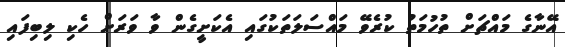
އޭނާގެ މައްޗަށް ތުހުމަތު ކުރެވޭ މައްސަލަތަކުގައި އެކަށީގެން ވާ ވަރަށް ހެކި ލިބިފައި